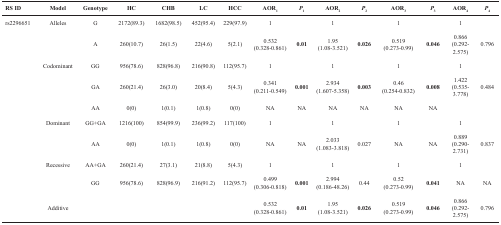
<table><thead><tr><td><b>RS ID</b></td><td><b>Model</b></td><td><b>Genotype</b></td><td><b>HC</b></td><td><b>CHB</b></td><td><b>LC</b></td><td><b>HCC</b></td><td><b>AOR<sub>1</sub></b></td><td><b><i>P</i><sub>1</sub></b></td><td><b>AOR<sub>2</sub></b></td><td><b><i>P</i><sub>2</sub></b></td><td><b>AOR<sub>3</sub></b></td><td><b><i>P</i><sub>3</sub></b></td><td><b>AOR<sub>4</sub></b></td><td><b><i>P</i><sub>4</sub></b></td></tr></thead><tbody><tr><td>rs2296651</td><td>Alleles</td><td>G</td><td>2172(89.3)</td><td>1682(98.5)</td><td>452(95.4)</td><td>229(97.9)</td><td>1</td><td></td><td>1</td><td></td><td>1</td><td></td><td>1</td><td></td></tr><tr><td></td><td></td><td>A</td><td>260(10.7)</td><td>26(1.5)</td><td>22(4.6)</td><td>5(2.1)</td><td>0.532 (0.328-0.861)</td><td><b>0.01</b></td><td>1.95 (1.08-3.521)</td><td><b>0.026</b></td><td>0.519 (0.273-0.99)</td><td><b>0.046</b></td><td>0.866 (0.292-2.575)</td><td>0.796</td></tr><tr><td></td><td>Codominant</td><td>GG</td><td>956(78.6)</td><td>828(96.8)</td><td>216(90.8)</td><td>112(95.7)</td><td>1</td><td></td><td>1</td><td></td><td>1</td><td></td><td>1</td><td></td></tr><tr><td></td><td></td><td>GA</td><td>260(21.4)</td><td>26(3.0)</td><td>20(8.4)</td><td>5(4.3)</td><td>0.341 (0.211-0.549)</td><td><b>0.001</b></td><td>2.934 (1.607-5.358)</td><td><b>0.003</b></td><td>0.46 (0.254-0.832)</td><td><b>0.008</b></td><td>1.422 (0.535-3.778)</td><td>0.484</td></tr><tr><td></td><td></td><td>AA</td><td>0(0)</td><td>1(0.1)</td><td>1(0.8)</td><td>0(0)</td><td>NA</td><td>NA</td><td>NA</td><td>NA</td><td>NA</td><td>NA</td><td></td><td></td></tr><tr><td></td><td>Dominant</td><td>GG+GA</td><td>1216(100)</td><td>854(99.9)</td><td>236(99.2)</td><td>117(100)</td><td>1</td><td></td><td>1</td><td></td><td>1</td><td></td><td>1</td><td></td></tr><tr><td></td><td></td><td>AA</td><td>0(0)</td><td>1(0.1)</td><td>1(0.8)</td><td>0(0)</td><td>NA</td><td>NA</td><td>2.033 (1.083-3.818)</td><td>0.027</td><td>NA</td><td>NA</td><td>0.889 (0.290-2.731)</td><td>0.837</td></tr><tr><td></td><td>Recessive</td><td>AA+GA</td><td>260(21.4)</td><td>27(3.1)</td><td>21(8.8)</td><td>5(4.3)</td><td>1</td><td></td><td>1</td><td></td><td>1</td><td></td><td>1</td><td></td></tr><tr><td></td><td></td><td>GG</td><td>956(78.6)</td><td>828(96.9)</td><td>216(91.2)</td><td>112(95.7)</td><td>0.499 (0.306-0.818)</td><td><b>0.001</b></td><td>2.994 (0.186-48.26)</td><td>0.44</td><td>0.52 (0.273-0.99)</td><td><b>0.041</b></td><td>NA</td><td>NA</td></tr><tr><td></td><td>Additive</td><td></td><td></td><td></td><td></td><td></td><td>0.532 (0.328-0.861)</td><td><b>0.01</b></td><td>1.95 (1.08-3.521)</td><td><b>0.026</b></td><td>0.519 (0.273-0.99)</td><td><b>0.046</b></td><td>0.866 (0.292-2.575)</td><td>0.796</td></tr></tbody></table>